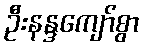
ဦးနန္ဒကျော်စွာ